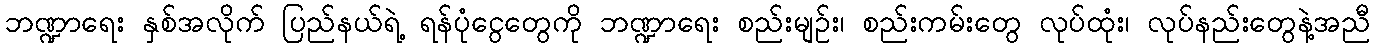
ဘဏ္ဍာရေး နှစ်အလိုက် ပြည်နယ်ရဲ့ ရန်ပုံငွေတွေကို ဘဏ္ဍာရေး စည်းမျဉ်း၊ စည်းကမ်းတွေ လုပ်ထုံး၊ လုပ်နည်းတွေနဲ့အညီ